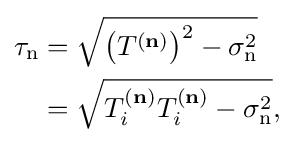
{\begin{aligned}\tau _{\mathrm {n} }&={\sqrt {\left(T^{(\mathbf {n} )}\right)^{2}-\sigma _{\mathrm {n} }^{2}}}\\&={\sqrt {T_{i}^{(\mathbf {n} )}T_{i}^{(\mathbf {n} )}-\sigma _{\mathrm {n} }^{2}}},\end{aligned}}